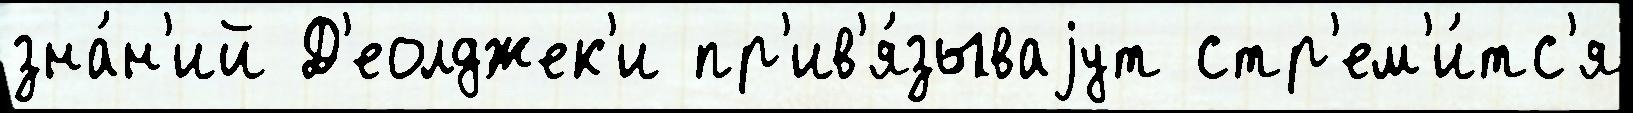
зна́н'ий Д'еолджек'и пр'ив'я́зываjут стр'ем'и́тс'я